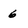
Character: 6